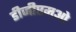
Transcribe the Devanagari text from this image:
डीजीएमओ